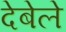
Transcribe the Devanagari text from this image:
देबेले